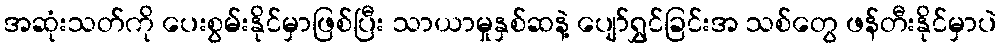
အဆုံးသတ်ကို ပေးစွမ်းနိုင်မှာဖြစ်ပြီး သာယာမှုနှစ်ဆနဲ့ ပျော်ရွှင်ခြင်းအ သစ်တွေ ဖန်တီးနိုင်မှာပဲ